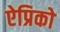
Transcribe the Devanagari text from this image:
ऐप्रिको